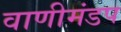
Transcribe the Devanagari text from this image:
वाणीमंडप